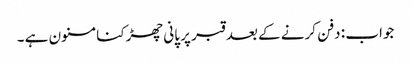
جواب : دفن کرنے کے بعد قبر پر پانی چھڑکنا مسنون ہے ۔